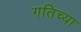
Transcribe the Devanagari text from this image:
गतिच्या